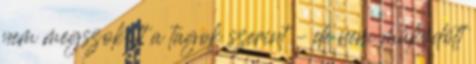
nem megszokott a tagok szerint – de nem működött